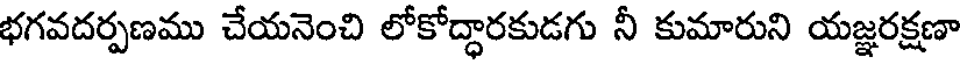
భగవదర్పణము చేయనెంచి లోకోద్ధారకుడగు నీ కుమారుని యజ్ఞరక్షణా